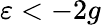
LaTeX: \varepsilon<-2g